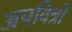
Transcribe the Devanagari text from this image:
अपवित्रों